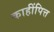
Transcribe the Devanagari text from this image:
काहींपित्त